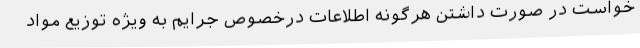
خواست در صورت داشتن هرگونه اطلاعات درخصوص جرایم به‌ ویژه توزیع مواد